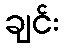
ချင်း